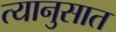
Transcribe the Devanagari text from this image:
त्यानुसात